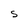
Character: S